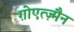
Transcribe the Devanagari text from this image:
ग़ोएत्ज़्मैन